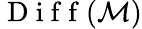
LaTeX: \mathrm{~D~i~f~f~}(\mathcal{M})